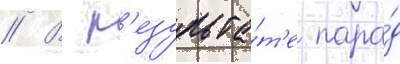
// В р'езульта́т'е пара́д